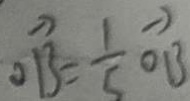
\overrightarrow { O B } = \frac { 1 } { 5 } \overrightarrow { O B }